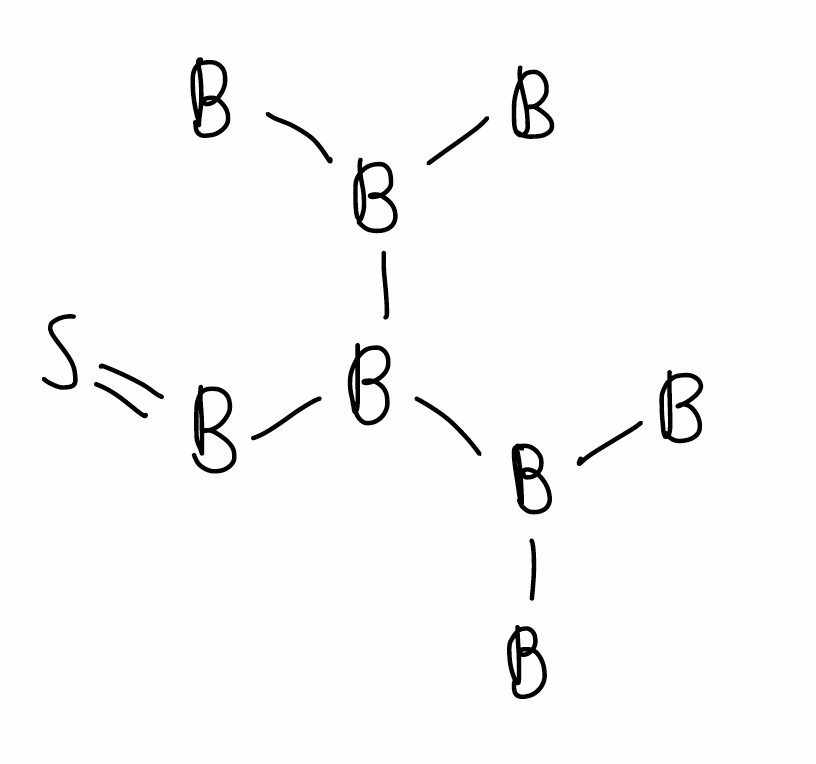
Simplified molecular-input line-entry system (SMILES) notation of the given molecule:
[B]B([B])B(B=S)B([B])[B]